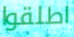
اطلقوا